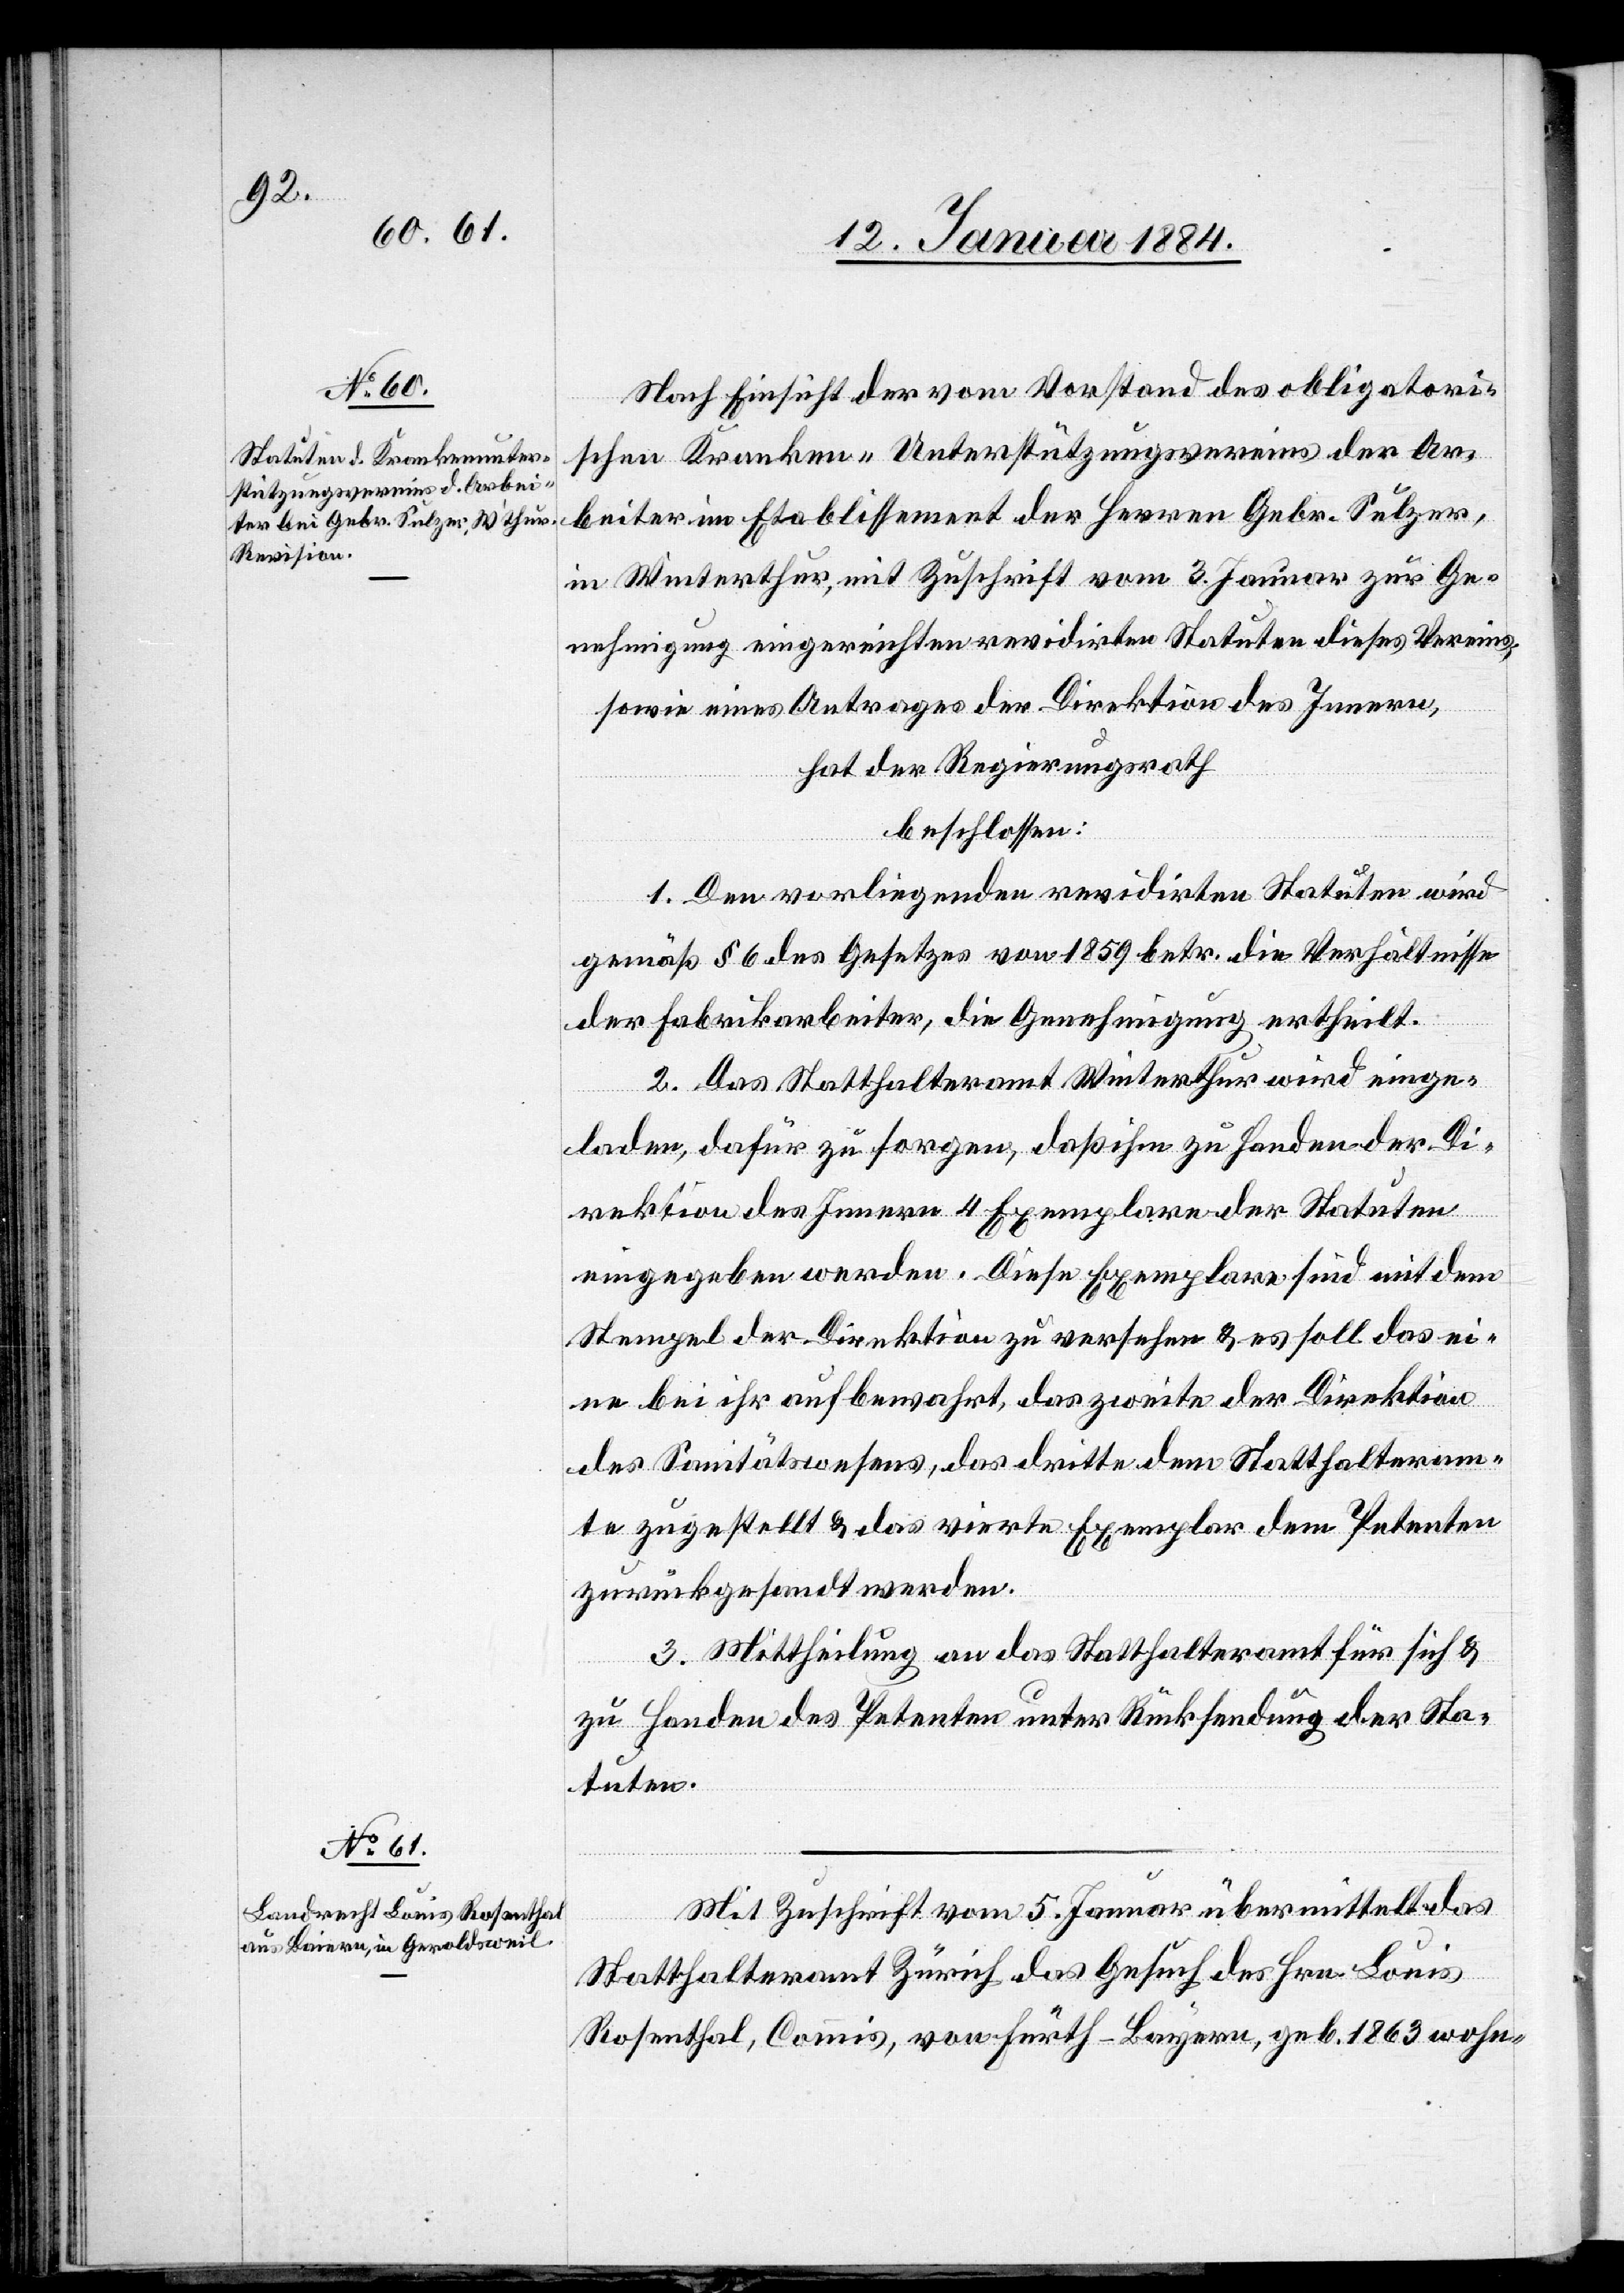
Nach Einsicht der vom Vorstand des obligatori¬
schen Kranken-Unterstützungsvereins der Ar¬
beiter im Etablissement der Herren Gebr. Sulzer,
in Winterthur, mit Zuschrift vom 3. Januar zur Ge¬
nehmigung eingereichten revidirten Statuten dieses Vereins,
sowie eines Antrages der Direktion des Innern,
hat der Regierungsrath
beschlossen:
1. Den vorliegenden revidirten Statuten wird
gemäß § 6 des Gesetzes von 1859 betr. die Verhältnisse
der Fabrikarbeiter, die Genehmigung ertheilt.
2. Das Statthalteramt Winterthur wird eige¬
laden, dafür zu sorgen, daß ihm zu Handen der Di¬
rektion des Innern 4 Exemplare der Statuten
eingegeben werden. Diese Exemplare sind mit dem
Stempel der Direktion zu versehen & es soll das ei¬
ne bei ihr aufbewahrt, das zweite der Direktion
des Sanitätswesens, das dritte dem Statthalteram¬
te zugestellt & das vierte Exemplar dem Petenten
zurückgesandt werden.
3. Mittheilung an das Statthalteramt für sich &
zu Handen des Petenten unter Rücksendung der Sta¬
tuten.
Mit Zuschrift vom 5. Januar übermittelt das
Statthalteramt Zürich das Gesuch des Hrn. Louis
Rosenthal, Commis, von Fürth - Bayern [sic!], geb. 1863 wohn-